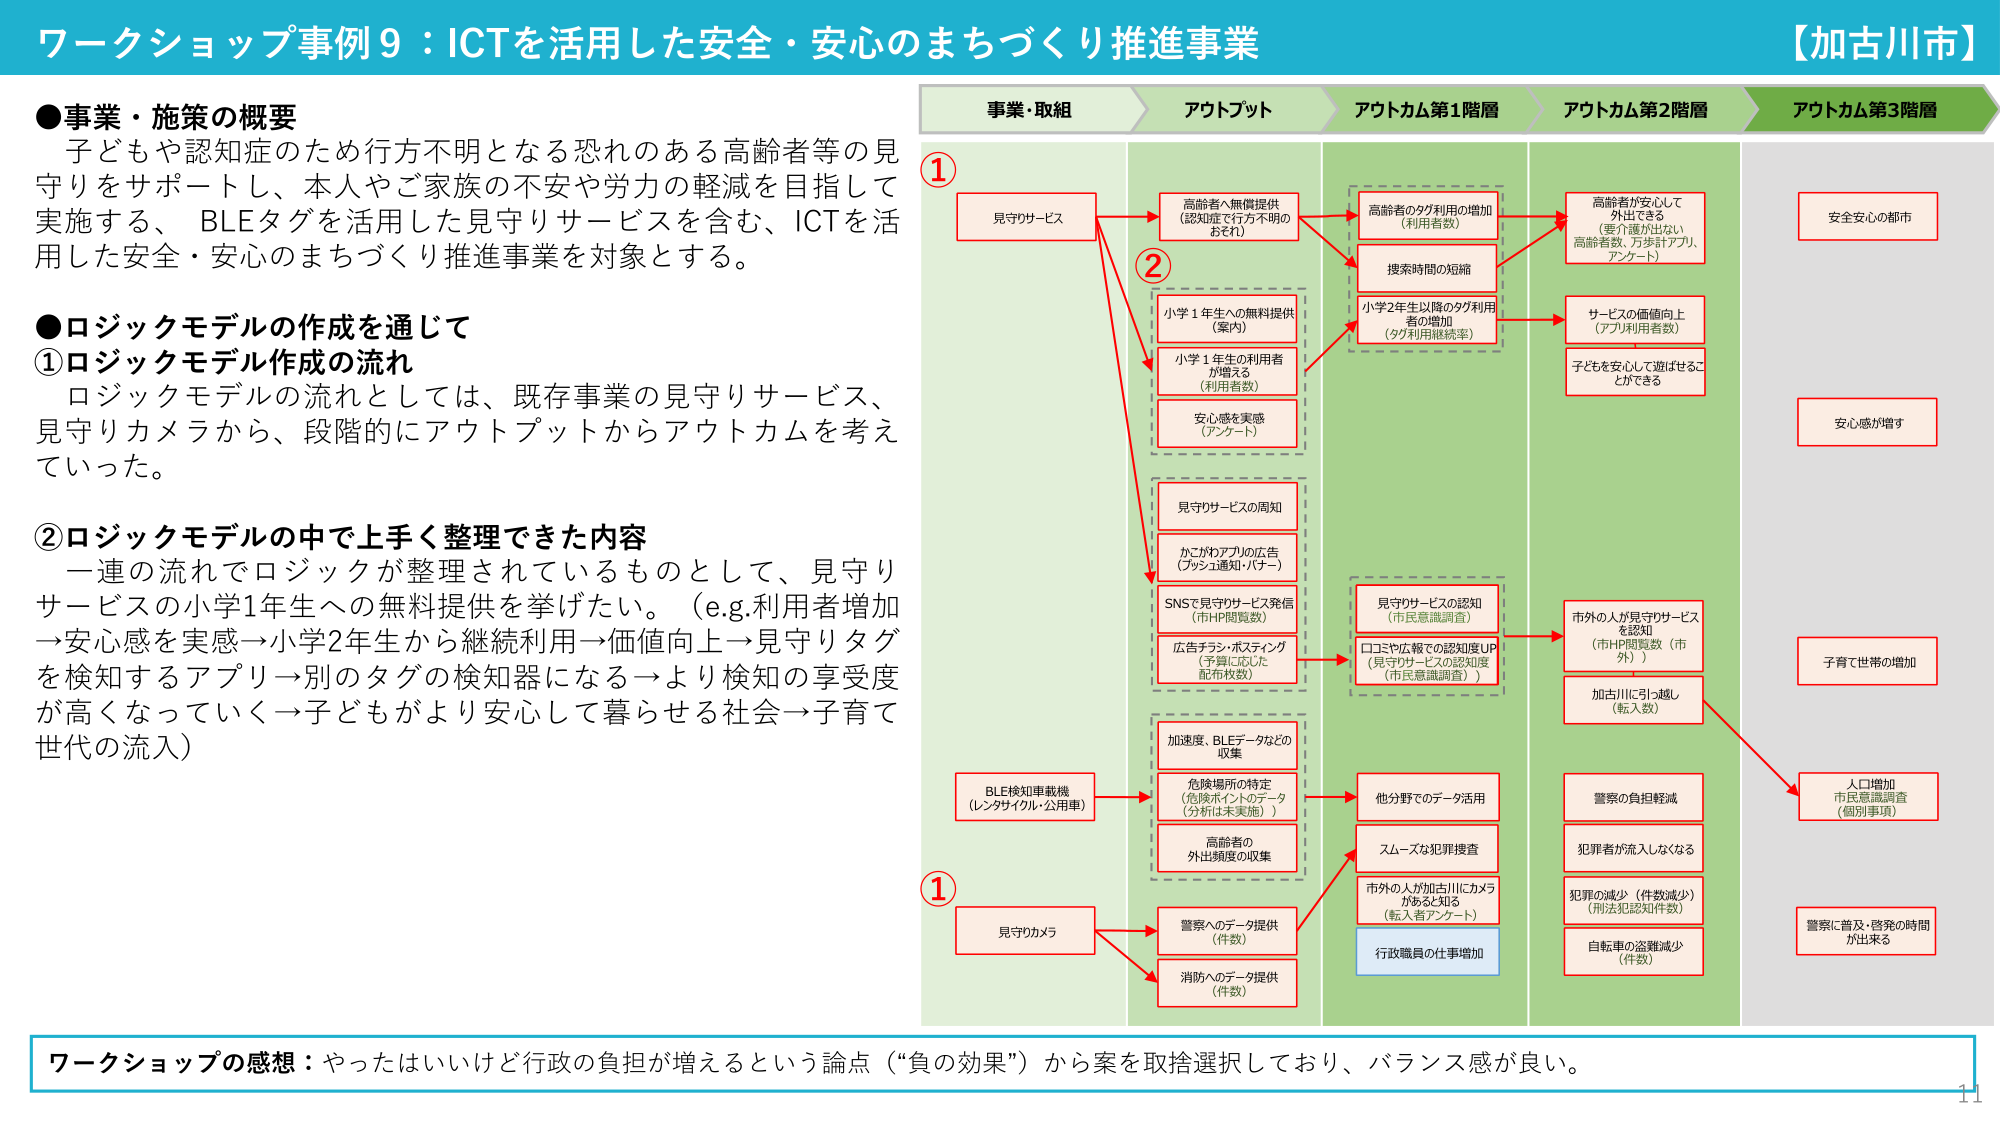
ワークショップ事例9：ICTを活用した安全・安心のまちづくり推進事業
【加古川市】

●事業・施策の概要
子どもや認知症のため行方不明となる恐れのある高齢者等の見守りをサポートし、本人やご家族の不安や労力の軽減を目指して実施する、BLEタグを活用した見守りサービスを含む、ICTを活用した安全・安心のまちづくり推進事業を対象とする。

●ロジックモデルの作成を通じて
①ロジックモデル作成の流れ
ロジックモデルの流れとしては、既存事業の見守りサービス、見守りカメラから、段階的にアウトプットからアウトカムを考えていった。

②ロジックモデルの中で上手く整理できた内容
一連の流れでロジックが整理されているものとして、見守りサービスの小学1年生への無料提供を挙げたい。（e.g.利用者増加→安心感を実感→小学2年生から継続利用→価値向上→見守りタグを検知するアプリ→別のタグの検知器になる→より検知の享受度が高くなっていく→子どもがより安心して暮らせる社会→子育て世代の流入）

事業・取組
アウトプット
アウトカム第1階層
アウトカム第2階層
アウトカム第3階層

①
見守りサービス
→ 高齢者へ無償提供（認知症で行方不明のおそれ）
→ 小学1年生への無料提供（案内）
→ 小学1年生の利用者が増える（利用者数）
→ 安心感を実感（アンケート）
→ 見守りサービスの周知
→ かこがわアプリの広告（プッシュ通知・バナー）
→ SNSで見守りサービス発信（市HP閲覧数）
→ 広告チラシ・ポスティング（予算に応じた配布枚数）
→ 加速度、BLEデータなどの収集
→ 危険場所の特定（危険ポイントのデータ（分析は未実施））
→ 高齢者の外出頻度の収集
→ BLE検知車載機（レンタサイクル・公用車）
→ 見守りカメラ
→ 警察へのデータ提供（件数）
→ 消防へのデータ提供（件数）

②
→ 高齢者のタグ利用の増加（利用者数）
→ 捜索時間の短縮
→ 小学2年生以降のタグ利用者の増加（タグ利用継続率）
→ 見守りサービスの認知（市民意識調査）
→ ロゴや広報での認知度UP（見守りサービスの認知度（市民意識調査））
→ 他分野でのデータ活用
→ スムーズな犯罪捜査
→ 市外の人が加古川にカメラがあると知る（転入者アンケート）
→ 行政職員の仕事増加

→ 高齢者が安心して外出できる（要介護が出ない高齢者数、万歩計アプリ、アンケート）
→ サービスの価値向上（アプリ利用者数）
→ 子どもを安心して遊ばせることができる
→ 市外の人が見守りサービスを認知（市HP閲覧数（市外））
→ 加古川に引っ越す（転入数）
→ 警察の負担軽減
→ 犯罪者が流入しなくなる
→ 犯罪の減少（件数減少）（刑法犯認知件数）
→ 自転車の盗難減少（件数）

→ 安全安心の都市
→ 安心感が増す
→ 子育て世帯の増加
→ 人口増加（市民意識調査（個別事項））
→ 警察に普及・啓発の時間が出来る

ワークショップの感想：やったはいいけど行政の負担が増えるという論点（“負の効果”）から案を取捨選択しており、バランス感が良い。
11